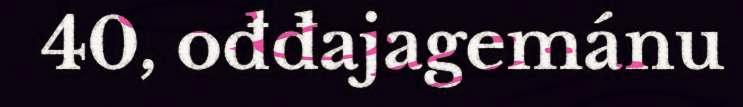
40, ođđajagemánu